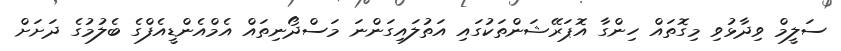
ސަލީމް ވިދާޅުވި މިގޮތައް ހިންގާ އޮޕަރޭޝަންތަކުގައި އަތުލައިގަންނަ މަސްދޯނިތައް އެމްއެންޑީއެފްގެ ބެލުމުގެ ދަށަށް